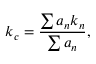
k _ { c } = \frac { \sum a _ { n } k _ { n } } { \sum a _ { n } } ,